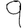
Digit: 9